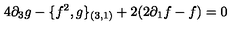
4 \partial _ { 3 } g - \{ f ^ { 2 } , g \} _ { ( 3 , 1 ) } + 2 ( 2 \partial _ { 1 } f - f ) = 0